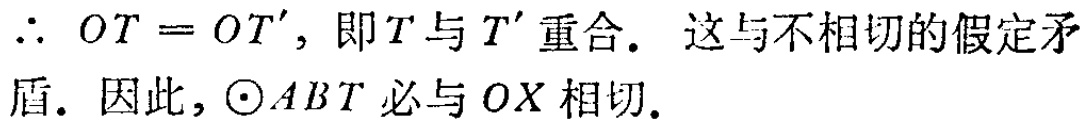
$\therefore OT = OT', 即T与T'重合. 这与不相切的假定矛盾.$ 因此，$\odot ABT$ 必与 $OX$ 相切.